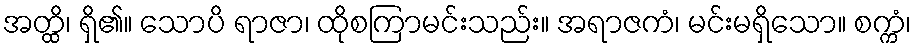
အတ္ထိ၊ ရှိ၏။ သောပိ ရာဇာ၊ ထိုစကြာမင်းသည်း။ အရာဇကံ၊ မင်းမရှိသော။ စက္ကံ၊